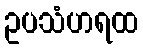
ဥပသံဟရထ